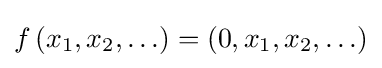
f\left(x_{1},x_{2},\ldots \right)=\left(0,x_{1},x_{2},\ldots \right)